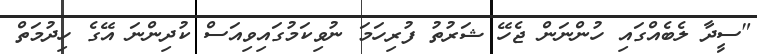
"ސީދާ ލެބެއްގައި ހުންނަން ޖެހޭ ޝަރުތު ފުރިހަމަ ނުވިކަމުގައިވިއަސް ކުދިންނަ އޭގެ ހިދުމަތް